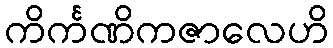
ကိင်္ကဏိကဇာလေဟိ